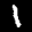
Label: 1